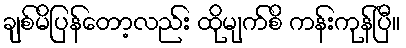
ချစ်မိပြန်တော့လည်း ထိုမျက်စိ ကန်းကုန်ပြီ။